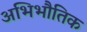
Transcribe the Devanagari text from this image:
अभिभौतिक